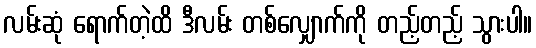
လမ်းဆုံ ရောက်တဲ့ထိ ဒီလမ်း တစ်လျှောက်ကို တည့်တည့် သွားပါ။